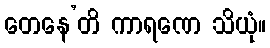
တေနေ’တိ ကာရဏေ သိယုံ။